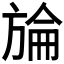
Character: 𣄇